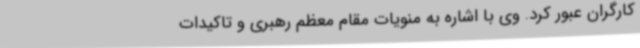
کارگران عبور کرد. وی با اشاره به منویات مقام معظم رهبری و تاکیدات